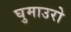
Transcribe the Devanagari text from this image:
घुमाउरो